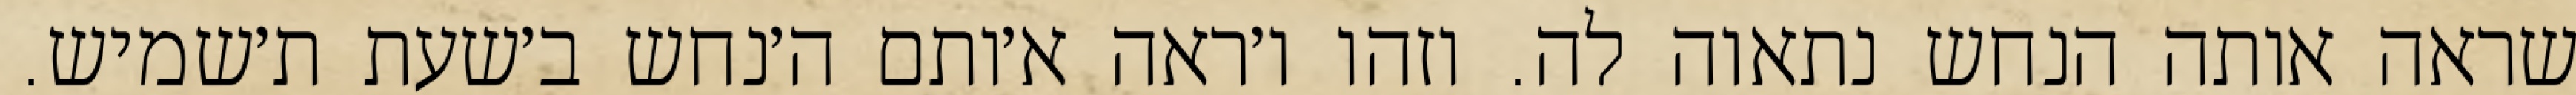
שראה אותה הנחש נתאוה לה. וזהו ו׳ראה א׳ותם ה׳נחש ב׳שעת ת׳שמיש.